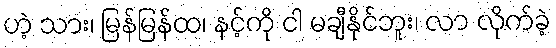
ဟဲ့ သား၊ မြန်မြန်ထ၊ နင့်ကို ငါ မချီနိုင်ဘူး၊ လာ လိုက်ခဲ့